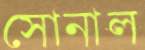
সোনাল